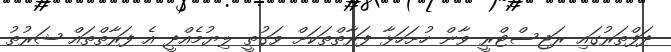
ދަފްތަރުގައި ރަޖިސްޓްރީ ވާން ހުށަހަޅާ ފަރާތްތަކަށް ވަގުތީ ލިޔުމެއްދީ އެ ފަރާތްތައް ޝަރުތު